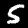
Label: 5